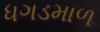
ધગડમાળ